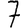
Digit: 7